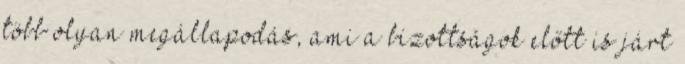
több olyan megállapodás, ami a bizottságok előtt is járt